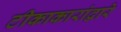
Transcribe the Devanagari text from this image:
टीकाकारांद्वारे